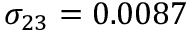
\sigma _ { 2 3 } = 0 . 0 0 8 7